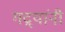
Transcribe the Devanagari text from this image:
गद्र्‍यांनी